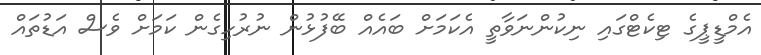
އެމްޑީޕީގެ ޓިކެޓްގައި ނިކުންނަވާތީ އެކަމަށް ބައެއް ބޭފުޅުން ނުރުހިގެން ކަމަށް ވެސް އަޑުތައް